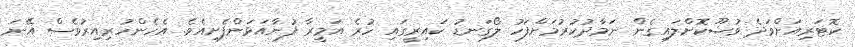
ކޮޓަރިއަށްވަދެ ވުޟޫކޮށްލައިގެން ނަމާދުކުރުމަށްފަހު ލޯގަނޑު ކައިރީގައި ހުރެ އަމީރާ ފުނާއަޅަންފެށިއެވެ. އެހެންހުރިއިރުވެސް އޭނަ